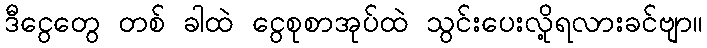
ဒီငွေတွေ တစ် ခါထဲ ငွေစုစာအုပ်ထဲ သွင်းပေးလို့ရလားခင်ဗျာ။